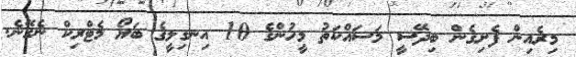
މިރެއިން ފެށިގެން ބިދޭސީ މަސައްކަތު މީހުންގެ 10 އިނގިލީގެ ބަޔޯ މެޓްރިކް ނެގޭނެ.